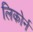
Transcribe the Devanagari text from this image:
लिकोर्न